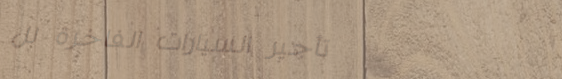
تأجير السيارات الفاخرة لل